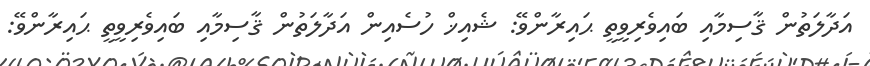
އަދާލަތުން ޤާސިމާއި ބައިވެރިވީތީ ޙައިރާންވޭ: ޝެއިޚް ހުސެއިން އަދާލަތުން ޤާސިމާއި ބައިވެރިވީތީ ޙައިރާންވޭ: